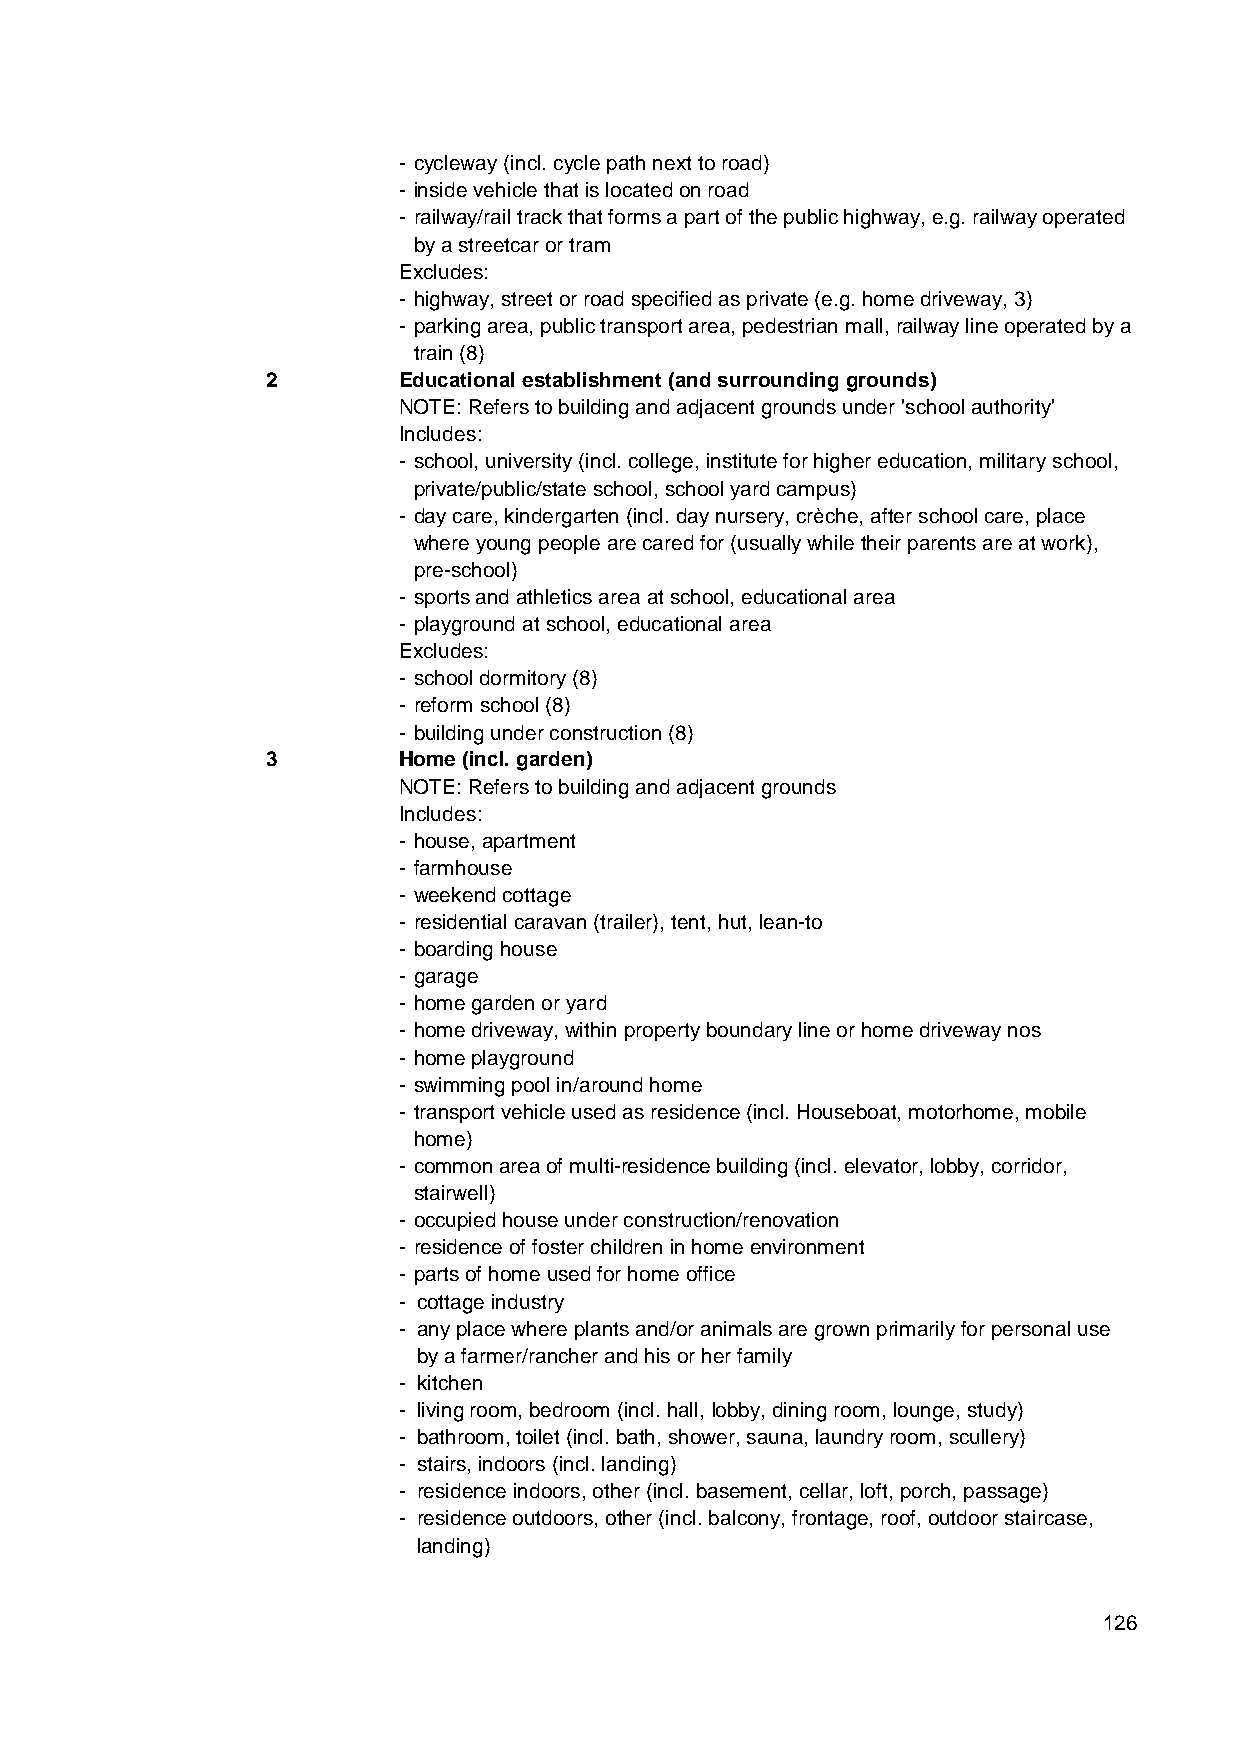
- cycleway (incl. cycle path next to road)
 - inside vehicle that is located on road
 - railway/rail track that forms a part of the public highway, e.g. railway operated
 by a streetcar or tram
 Excludes:
 - highway, street or road specified as private (e.g. home driveway, 3)
 - parking area, public transport area, pedestrian mall, railway line operated by a
 train (8)
 2       Educational establishment (and surrounding grounds)
 NOTE: Refers to building and adjacent grounds under 'school authority'
 Includes:
 - school, university (incl. college, institute for higher education, military school,
 private/public/state school, school yard campus)
 - day care, kindergarten (incl. day nursery, crèche, after school care, place
 where young people are cared for (usually while their parents are at work),
 pre-school)
 - sports and athletics area at school, educational area
 - playground at school, educational area
 Excludes:
 - school dormitory (8)
 - reform school (8)
 - building under construction (8)
 3       Home (incl. garden)
 NOTE: Refers to building and adjacent grounds
 Includes:
 - house, apartment
 - farmhouse
 - weekend cottage
 - residential caravan (trailer), tent, hut, lean-to
 - boarding house
 - garage
 - home garden or yard
 - home driveway, within property boundary line or home driveway nos
 - home playground
 - swimming pool in/around home
 - transport vehicle used as residence (incl. Houseboat, motorhome, mobile
 home)
 - common area of multi-residence building (incl. elevator, lobby, corridor,
 stairwell)
 - occupied house under construction/renovation
 - residence of foster children in home environment
 - parts of home used for home office
 - cottage industry
 - any place where plants and/or animals are grown primarily for personal use
 by a farmer/rancher and his or her family
 - kitchen
 - living room, bedroom (incl. hall, lobby, dining room, lounge, study)
 - bathroom, toilet (incl. bath, shower, sauna, laundry room, scullery)
 - stairs, indoors (incl. landing)
 - residence indoors, other (incl. basement, cellar, loft, porch, passage)
 - residence outdoors, other (incl. balcony, frontage, roof, outdoor staircase,
 landing)
 126